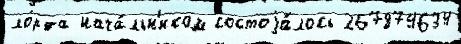
ло́рда нача́льн'иком состоjа́лось 267874634